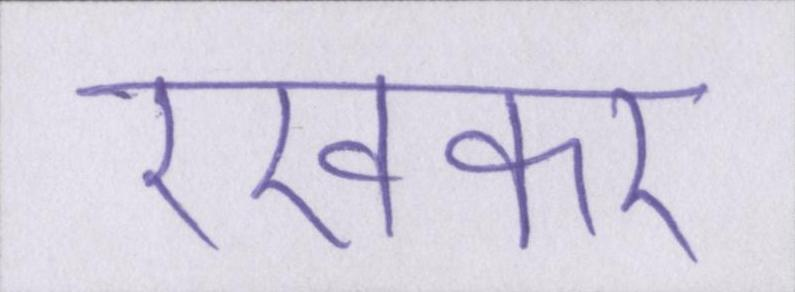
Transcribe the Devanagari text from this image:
रखकर